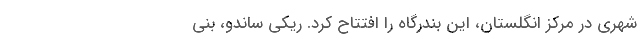
شهری در مرکز انگلستان، این بندرگاه را افتتاح کرد. ریکی ساندو، بنی